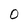
Character: 0